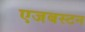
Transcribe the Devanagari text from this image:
एजबस्टन